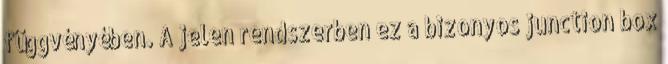
függvényében. A jelen rendszerben ez a bizonyos junction box